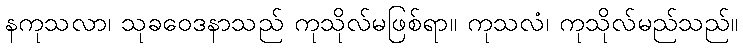
နကုသလာ၊ သုခဝေဒနာသည် ကုသိုလ်မဖြစ်ရာ။ ကုသလံ၊ ကုသိုလ်မည်သည်။